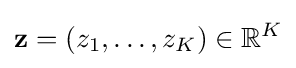
\mathbf {z} =(z_{1},\dotsc ,z_{K})\in \mathbb {R} ^{K}